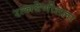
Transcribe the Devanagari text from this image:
रत्नश्रेणीतला